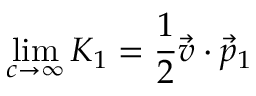
\operatorname* { l i m } _ { c \rightarrow \infty } K _ { 1 } = { \frac { 1 } { 2 } } \vec { v } \cdot \vec { p } _ { 1 }